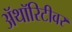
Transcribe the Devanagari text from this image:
ॲथॉरिटीवर